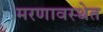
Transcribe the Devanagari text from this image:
मरणावस्थेत